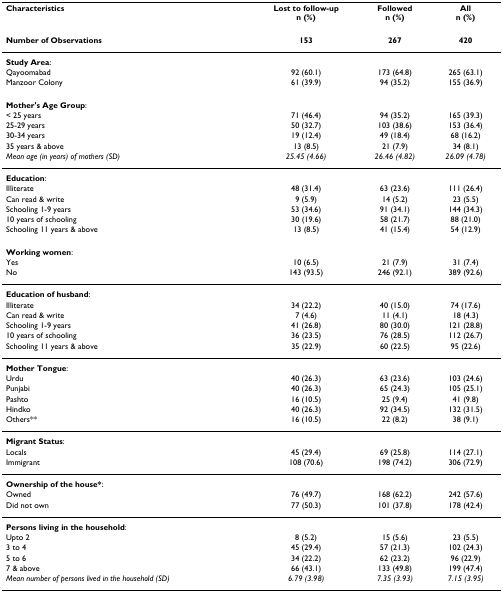
<table><thead><tr><td><b>Characteristics</b></td><td><b>Lost to follow-upn (%)</b></td><td><b>Followedn (%)</b></td><td><b>Alln (%)</b></td></tr></thead><tbody><tr><td><b>Number of Observations</b></td><td><b>153</b></td><td><b>267</b></td><td><b>420</b></td></tr><tr><td><b>Study Area</b>:</td><td></td><td></td><td></td></tr><tr><td>Qayoomabad</td><td>92 (60.1)</td><td>173 (64.8)</td><td>265 (63.1)</td></tr><tr><td>Manzoor Colony</td><td>61 (39.9)</td><td>94 (35.2)</td><td>155 (36.9)</td></tr><tr><td><b>Mother&#x27;s Age Group</b>:</td><td></td><td></td><td></td></tr><tr><td>&lt; 25 years</td><td>71 (46.4)</td><td>94 (35.2)</td><td>165 (39.3)</td></tr><tr><td>25-29 years</td><td>50 (32.7)</td><td>103 (38.6)</td><td>153 (36.4)</td></tr><tr><td>30-34 years</td><td>19 (12.4)</td><td>49 (18.4)</td><td>68 (16.2)</td></tr><tr><td>35 years &amp; above</td><td>13 (8.5)</td><td>21 (7.9)</td><td>34 (8.1)</td></tr><tr><td><i>Mean age (in years) of mothers (SD)</i></td><td><i>25.45 (4.66)</i></td><td><i>26.46 (4.82)</i></td><td><i>26.09 (4.78)</i></td></tr><tr><td><b>Education</b>:</td><td></td><td></td><td></td></tr><tr><td>Illiterate</td><td>48 (31.4)</td><td>63 (23.6)</td><td>111 (26.4)</td></tr><tr><td>Can read &amp; write</td><td>9 (5.9)</td><td>14 (5.2)</td><td>23 (5.5)</td></tr><tr><td>Schooling 1-9 years</td><td>53 (34.6)</td><td>91 (34.1)</td><td>144 (34.3)</td></tr><tr><td>10 years of schooling</td><td>30 (19.6)</td><td>58 (21.7)</td><td>88 (21.0)</td></tr><tr><td>Schooling 11 years &amp; above</td><td>13 (8.5)</td><td>41 (15.4)</td><td>54 (12.9)</td></tr><tr><td><b>Working women</b>:</td><td></td><td></td><td></td></tr><tr><td>Yes</td><td>10 (6.5)</td><td>21 (7.9)</td><td>31 (7.4)</td></tr><tr><td>No</td><td>143 (93.5)</td><td>246 (92.1)</td><td>389 (92.6)</td></tr><tr><td><b>Education of husband</b>:</td><td></td><td></td><td></td></tr><tr><td>Illiterate</td><td>34 (22.2)</td><td>40 (15.0)</td><td>74 (17.6)</td></tr><tr><td>Can read &amp; write</td><td>7 (4.6)</td><td>11 (4.1)</td><td>18 (4.3)</td></tr><tr><td>Schooling 1-9 years</td><td>41 (26.8)</td><td>80 (30.0)</td><td>121 (28.8)</td></tr><tr><td>10 years of schooling</td><td>36 (23.5)</td><td>76 (28.5)</td><td>112 (26.7)</td></tr><tr><td>Schooling 11 years &amp; above</td><td>35 (22.9)</td><td>60 (22.5)</td><td>95 (22.6)</td></tr><tr><td><b>Mother Tongue</b>:</td><td></td><td></td><td></td></tr><tr><td>Urdu</td><td>40 (26.3)</td><td>63 (23.6)</td><td>103 (24.6)</td></tr><tr><td>Punjabi</td><td>40 (26.3)</td><td>65 (24.3)</td><td>105 (25.1)</td></tr><tr><td>Pashto</td><td>16 (10.5)</td><td>25 (9.4)</td><td>41 (9.8)</td></tr><tr><td>Hindko</td><td>40 (26.3)</td><td>92 (34.5)</td><td>132 (31.5)</td></tr><tr><td>Others**</td><td>16 (10.5)</td><td>22 (8.2)</td><td>38 (9.1)</td></tr><tr><td><b>Migrant Status</b>:</td><td></td><td></td><td></td></tr><tr><td>Locals</td><td>45 (29.4)</td><td>69 (25.8)</td><td>114 (27.1)</td></tr><tr><td>Immigrant</td><td>108 (70.6)</td><td>198 (74.2)</td><td>306 (72.9)</td></tr><tr><td><b>Ownership of the house*</b>:</td><td></td><td></td><td></td></tr><tr><td>Owned</td><td>76 (49.7)</td><td>168 (62.2)</td><td>242 (57.6)</td></tr><tr><td>Did not own</td><td>77 (50.3)</td><td>101 (37.8)</td><td>178 (42.4)</td></tr><tr><td><b>Persons living in the household</b>:</td><td></td><td></td><td></td></tr><tr><td>Upto 2</td><td>8 (5.2)</td><td>15 (5.6)</td><td>23 (5.5)</td></tr><tr><td>3 to 4</td><td>45 (29.4)</td><td>57 (21.3)</td><td>102 (24.3)</td></tr><tr><td>5 to 6</td><td>34 (22.2)</td><td>62 (23.2)</td><td>96 (22.9)</td></tr><tr><td>7 &amp; above</td><td>66 (43.1)</td><td>133 (49.8)</td><td>199 (47.4)</td></tr><tr><td><i>Mean number of persons lived in the household (SD)</i></td><td><i>6.79 (3.98)</i></td><td><i>7.35 (3.93)</i></td><td><i>7.15 (3.95)</i></td></tr></tbody></table>